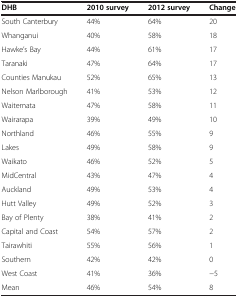
| DHB | 2010 survey | 2012 survey | Change |
 | --- | --- | --- | --- |
 | South Canterbury | 44% | 64% | 20 |
 | Whanganui | 40% | 58% | 18 |
 | Hawke’s Bay | 44% | 61% | 17 |
 | Taranaki | 47% | 64% | 17 |
 | Counties Manukau | 52% | 65% | 13 |
 | Nelson Marlborough | 41% | 53% | 12 |
 | Waitemata | 47% | 58% | 11 |
 | Wairarapa | 39% | 49% | 10 |
 | Northland | 46% | 55% | 9 |
 | Lakes | 49% | 58% | 9 |
 | Waikato | 46% | 52% | 5 |
 | MidCentral | 43% | 47% | 4 |
 | Auckland | 49% | 53% | 4 |
 | Hutt Valley | 49% | 52% | 3 |
 | Bay of Plenty | 38% | 41% | 2 |
 | Capital and Coast | 54% | 57% | 2 |
 | Tairawhiti | 55% | 56% | 1 |
 | Southern | 42% | 42% | 0 |
 | West Coast | 41% | 36% | −5 |
 | Mean | 46% | 54% | 8 |